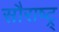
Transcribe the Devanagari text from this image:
सौराष्ट्र्